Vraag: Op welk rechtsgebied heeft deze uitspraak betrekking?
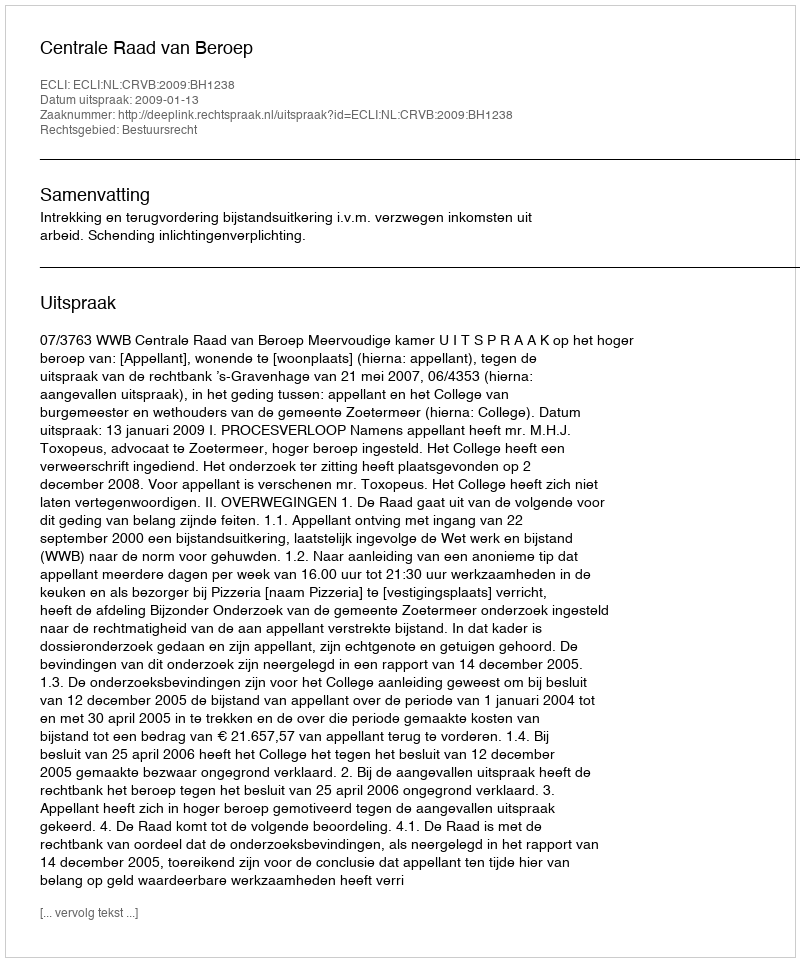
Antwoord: Bestuursrecht